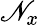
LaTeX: \mathscr{N}_{x}